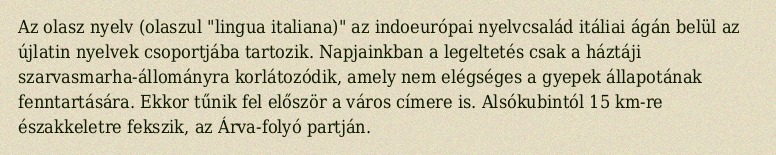
Az olasz nyelv (olaszul "lingua italiana)" az indoeurópai nyelvcsalád itáliai ágán belül az újlatin nyelvek csoportjába tartozik. Napjainkban a legeltetés csak a háztáji szarvasmarha-állományra korlátozódik, amely nem elégséges a gyepek állapotának fenntartására. Ekkor tűnik fel először a város címere is. Alsókubintól 15 km-re északkeletre fekszik, az Árva-folyó partján.